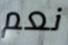
نعم